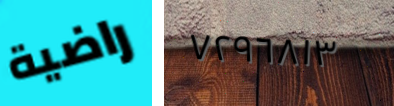
راضية ٧٢٩٦٨١٣